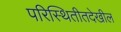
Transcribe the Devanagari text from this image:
परिस्थितीतदेखील